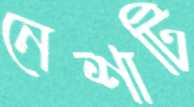
নেশাটি